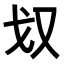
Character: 𭆧